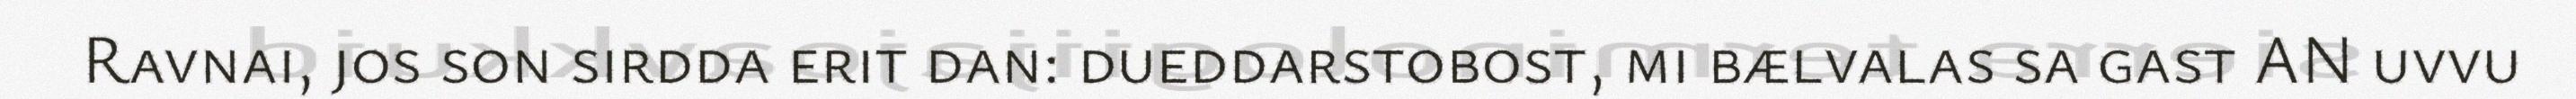
Ravnai, jos son sirdda erit dan: dueddarstobost, mi bælvalas sa gast AN uvvu